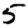
Digit: 5